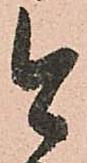
今